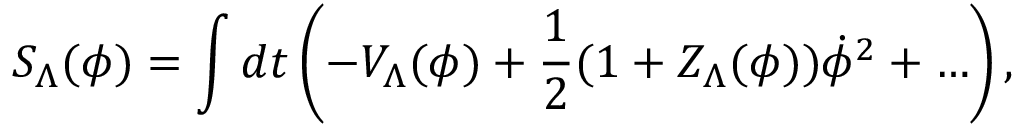
S _ { \Lambda } ( \phi ) = \int d t \left( - V _ { \Lambda } ( \phi ) + { \frac { 1 } { 2 } } ( 1 + Z _ { \Lambda } ( \phi ) ) \dot { \phi } ^ { 2 } + \ldots \right) ,